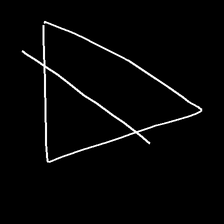
Glyph: empower